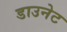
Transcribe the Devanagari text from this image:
डाउनेट